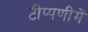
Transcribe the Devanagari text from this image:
टीप्‍पणीमें